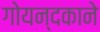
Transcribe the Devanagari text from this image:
गोयन्‍दकाने